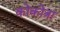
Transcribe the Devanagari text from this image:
कोकोत्रा